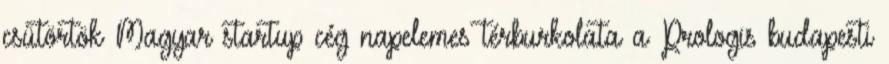
csütörtök Magyar startup cég napelemes térburkolata a Prologis budapesti